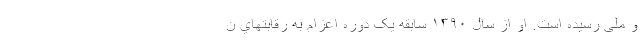
و ملی رسیده است. او از سال ۱۳۹۰ سابقه یک دوره اعزام به رقابتهاي ن